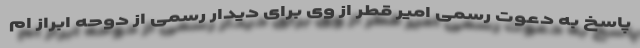
پاسخ به دعوت رسمی امیر قطر از وی برای دیدار رسمی از دوحه ابراز ام